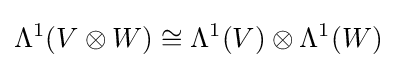
\Lambda ^{1}(V\otimes W)\cong \Lambda ^{1}(V)\otimes \Lambda ^{1}(W)